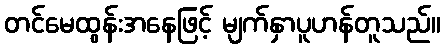
တင်မေထွန်းအနေဖြင့် မျက်နှာပူဟန်တူသည်။